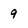
Character: 9